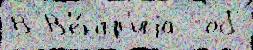
В В'е́нгр'иjа  об